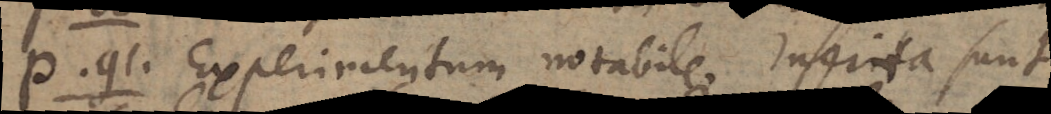
P. 91. Experimentum notabile. Inserta sunt